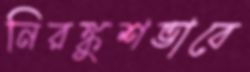
নিরঙ্কুশভাবে